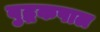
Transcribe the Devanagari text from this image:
बुद्धकपाल